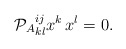
\begin{align*}{\cal P}_A{}^{ij}_{kl}x^k\,x^l=0 . \end{align*}